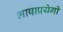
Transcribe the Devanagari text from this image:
भाषाप्रयेगों